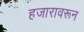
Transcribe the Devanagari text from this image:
हजारावरून